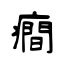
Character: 癎